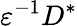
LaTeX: {\varepsilon}^{-1}D^{*}